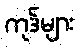
ကုဒ်များ